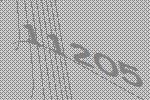
11205